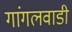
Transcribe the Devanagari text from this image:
गांगलवाडी